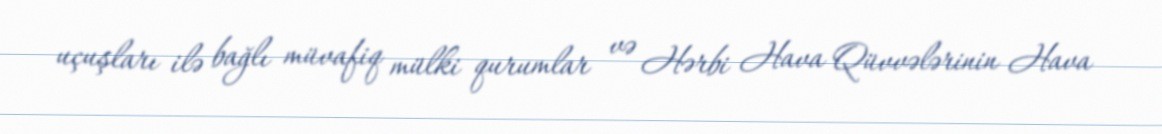
uçuşları ilə bağlı müvafiq mülki qurumlar və Hərbi Hava Qüvvələrinin Hava